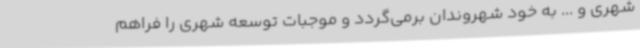
شهری و ... به خود شهروندان برمی‌گردد و موجبات توسعه شهری را فراهم